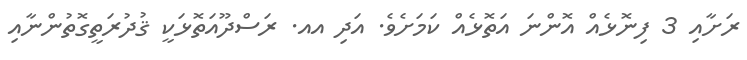
ރަށާއި 3 ފިނޮޅެއް އޮންނަ އަތޮޅެއް ކަމަށެވެ. އަދި އއ. ރަސްދޫއަތޮޅަކީ ޤުދުރަތީގޮތުންނާއި